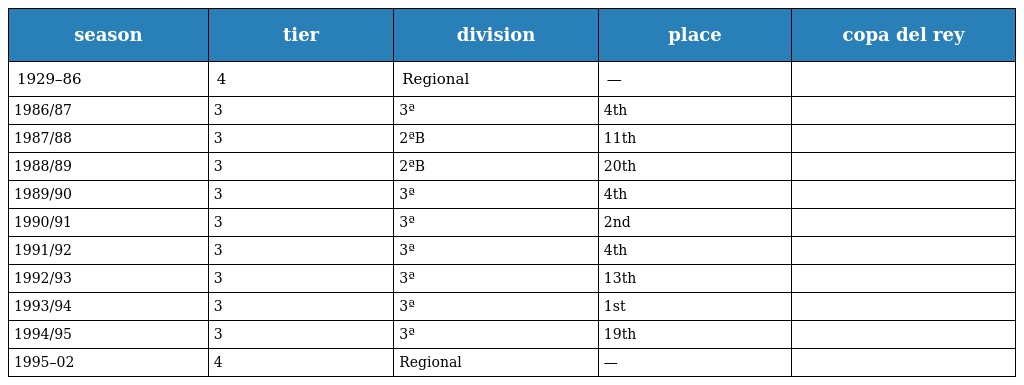
| season | tier | division | place | copa del rey |
 | --- | --- | --- | --- | --- |
 | 1929–86 | 4 | Regional | — |  |
 | 1986/87 | 3 | 3ª | 4th |  |
 | 1987/88 | 3 | 2ªB | 11th |  |
 | 1988/89 | 3 | 2ªB | 20th |  |
 | 1989/90 | 3 | 3ª | 4th |  |
 | 1990/91 | 3 | 3ª | 2nd |  |
 | 1991/92 | 3 | 3ª | 4th |  |
 | 1992/93 | 3 | 3ª | 13th |  |
 | 1993/94 | 3 | 3ª | 1st |  |
 | 1994/95 | 3 | 3ª | 19th |  |
 | 1995–02 | 4 | Regional | — |  |